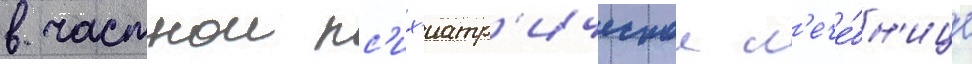
в частнои пс'их'иатр'ическои л'ече́бн'ице